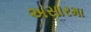
અસારમા